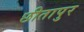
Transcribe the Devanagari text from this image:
छीतापुर